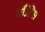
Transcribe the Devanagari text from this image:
माँउंटेंस